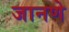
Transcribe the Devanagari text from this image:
जानणे